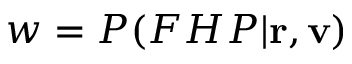
w = P ( F H P | \mathbf { r } , \mathbf { v } )